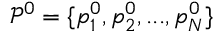
\mathcal { P } ^ { 0 } = \{ p _ { 1 } ^ { 0 } , p _ { 2 } ^ { 0 } , . . . , p _ { N } ^ { 0 } \}